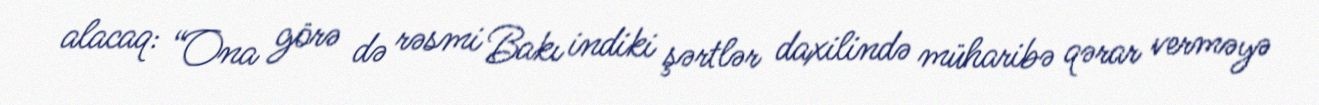
alacaq: “Ona görə də rəsmi Bakı indiki şərtlər daxilində müharibə qərar verməyə